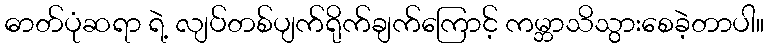
ဓာတ်ပုံဆရာ ရဲ့ လျပ်တစ်ပျက်ရိုက်ချက်ကြောင့် ကမ္ဘာသိသွားစေခဲ့တာပါ။